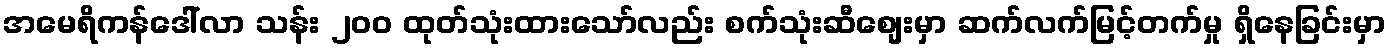
အမေရိကန်ဒေါ်လာ သန်း ၂၀၀ ထုတ်သုံးထားသော်လည်း စက်သုံးဆီစျေးမှာ ဆက်လက်မြင့်တက်မှု ရှိနေခြင်းမှာ